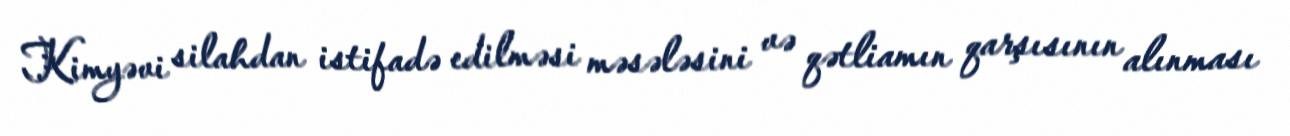
Kimyəvi silahdan istifadə edilməsi məsələsini və qətliamın qarşısının alınması